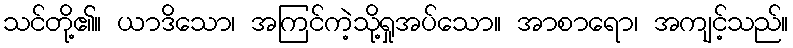
သင်တို့၏။ ယာဒိသော၊ အကြင်ကဲ့သို့ရှုအပ်သော။ အာစာရော၊ အကျင့်သည်။